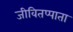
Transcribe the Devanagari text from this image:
जीवितप्पाता